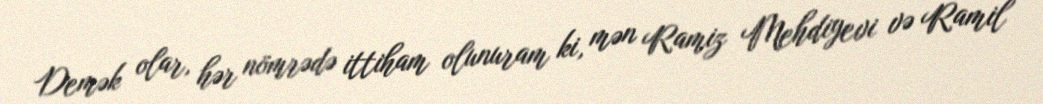
Demək olar, hər nömrədə ittiham olunuram ki, mən Ramiz Mehdiyevi və Ramil